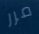
مرر